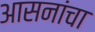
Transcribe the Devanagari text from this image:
आसनांचा